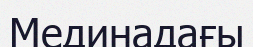
Мединадағы